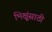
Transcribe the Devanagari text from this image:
भिक्षूंसाठी